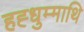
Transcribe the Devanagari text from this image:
हह्धुम्माथि